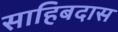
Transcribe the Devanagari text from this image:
साहिबदास